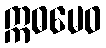
ဣဓမေဝ